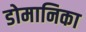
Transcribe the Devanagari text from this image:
डोमानिका